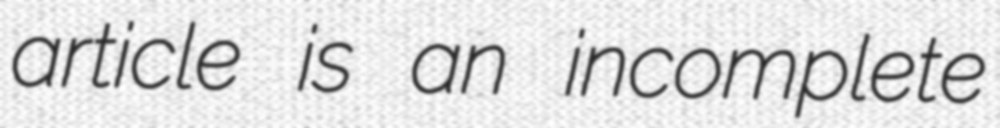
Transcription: article is an incomplete